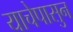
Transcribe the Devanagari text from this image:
याचेपासुन